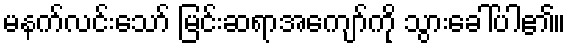
မနက်လင်းသော် မြင်းဆရာအကျော်ကို သွားခေါ်ပါ၏။